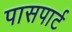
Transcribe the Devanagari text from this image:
पासपार्ट